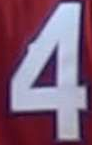
4